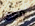
معك